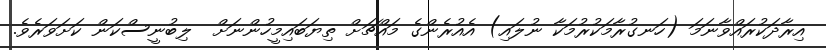
އިރާދަކުރައްވާނަމަ (ހަނގުރާމަކުރުމަކާ ނުލައި) އެއުރެންގެ މައްޗަށް ތިޔަބައިމީހުންނަށް  ލިބުނީސްކަން ކަށަވަރެވެ.